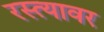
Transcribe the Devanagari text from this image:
रस्‍त्‍यावर